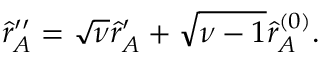
\begin{array} { r } { \hat { r } _ { A } ^ { \prime \prime } = \sqrt { \nu } \hat { r } _ { A } ^ { \prime } + \sqrt { \nu - 1 } \hat { r } _ { A } ^ { ( 0 ) } . \; } \end{array}